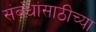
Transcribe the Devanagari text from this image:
संबंधांसाठीच्या